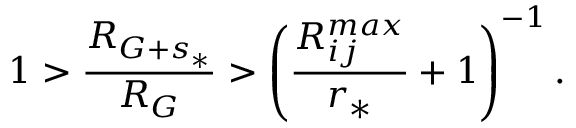
1 > \frac { { R } _ { G + s _ { * } } } { R _ { G } } > \left( \frac { R _ { i j } ^ { m a x } } { r _ { * } } + 1 \right) ^ { - 1 } .